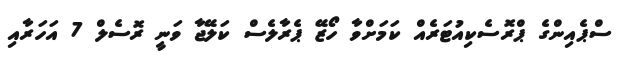
ސްޕެއިންގެ ޕްރޮސެކިއުޓަރެއް ކަމަށްވާ ހޯޒޭ ޕެރާލެސް ކަލޭޖާ ވަނީ ރޮސެލް 7 އަހަރާއި